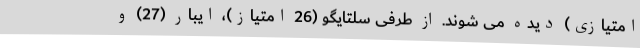
امتیازی) دیده می شوند. از طرفی سلتایگو (26 امتیاز)، ایبار (27) و